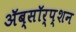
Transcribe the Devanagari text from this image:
ॲब्सॉर्प्शन